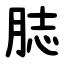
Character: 䏯